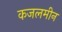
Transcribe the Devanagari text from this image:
कजलमीन